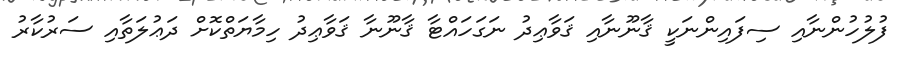
ފުލުހުންނާއި ސިފައިންނަކީ ޤާނޫނާއި ޤަވާޢިދު ނަގަހައްޓާ ޤާނޫނާ ޤަވާޢިދު ހިމާޔަތްކޮށް ދަޢުލަތާއި ސަރުކާރު